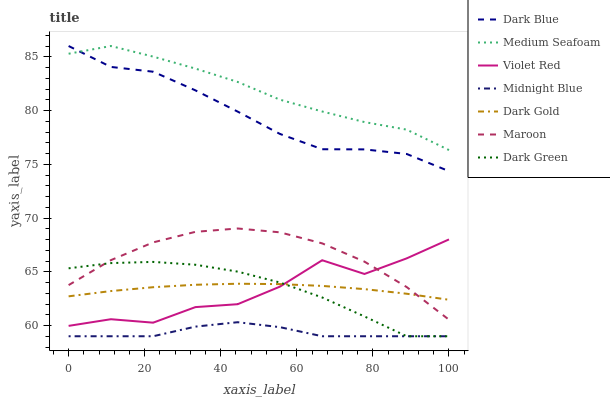
| xaxis_label | Dark Blue | Medium Seafoam | Violet Red | Midnight Blue | Dark Gold | Maroon | Dark Green |
 | --- | --- | --- | --- | --- | --- | --- | --- |
 | 0 | 86 | 85.3 | 60 | 59 | 62.7 | 63.8 | 65.3 |
 | 11.1 | 84.1 | 86 | 60.6 | 59 | 63.2 | 66.1 | 65.8 |
 | 22.2 | 83.6 | 85 | 60.3 | 59 | 63.6 | 67.7 | 65.9 |
 | 33.3 | 81.9 | 83.9 | 61.7 | 59.9 | 63.8 | 68.7 | 65.7 |
 | 44.4 | 79.9 | 82.7 | 62 | 60.3 | 63.9 | 69 | 65 |
 | 55.6 | 77.8 | 81 | 63.6 | 59.8 | 63.9 | 68.7 | 64 |
 | 66.7 | 76.4 | 79.9 | 66.1 | 59 | 63.7 | 67.6 | 62.6 |
 | 77.8 | 76.4 | 78.9 | 64.8 | 59 | 63.4 | 65.9 | 60.8 |
 | 88.9 | 76 | 78.2 | 66.2 | 59 | 63 | 63.6 | 59 |
 | 100 | 74.4 | 76.3 | 68 | 59 | 62.4 | 60.5 | 59 |